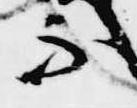
不